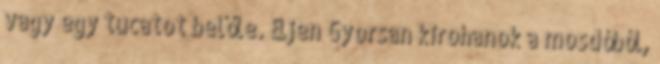
vagy egy tucatot belőle. Éljen Gyorsan kirohanok a mosdóból,